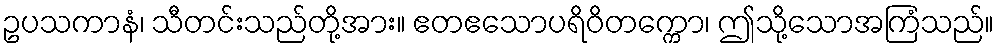
ဥပသကာနံ၊ သီတင်းသည်တို့အား။ ဧတဧသောပရိဝိတက္ကော၊ ဤသို့သောအကြံသည်။